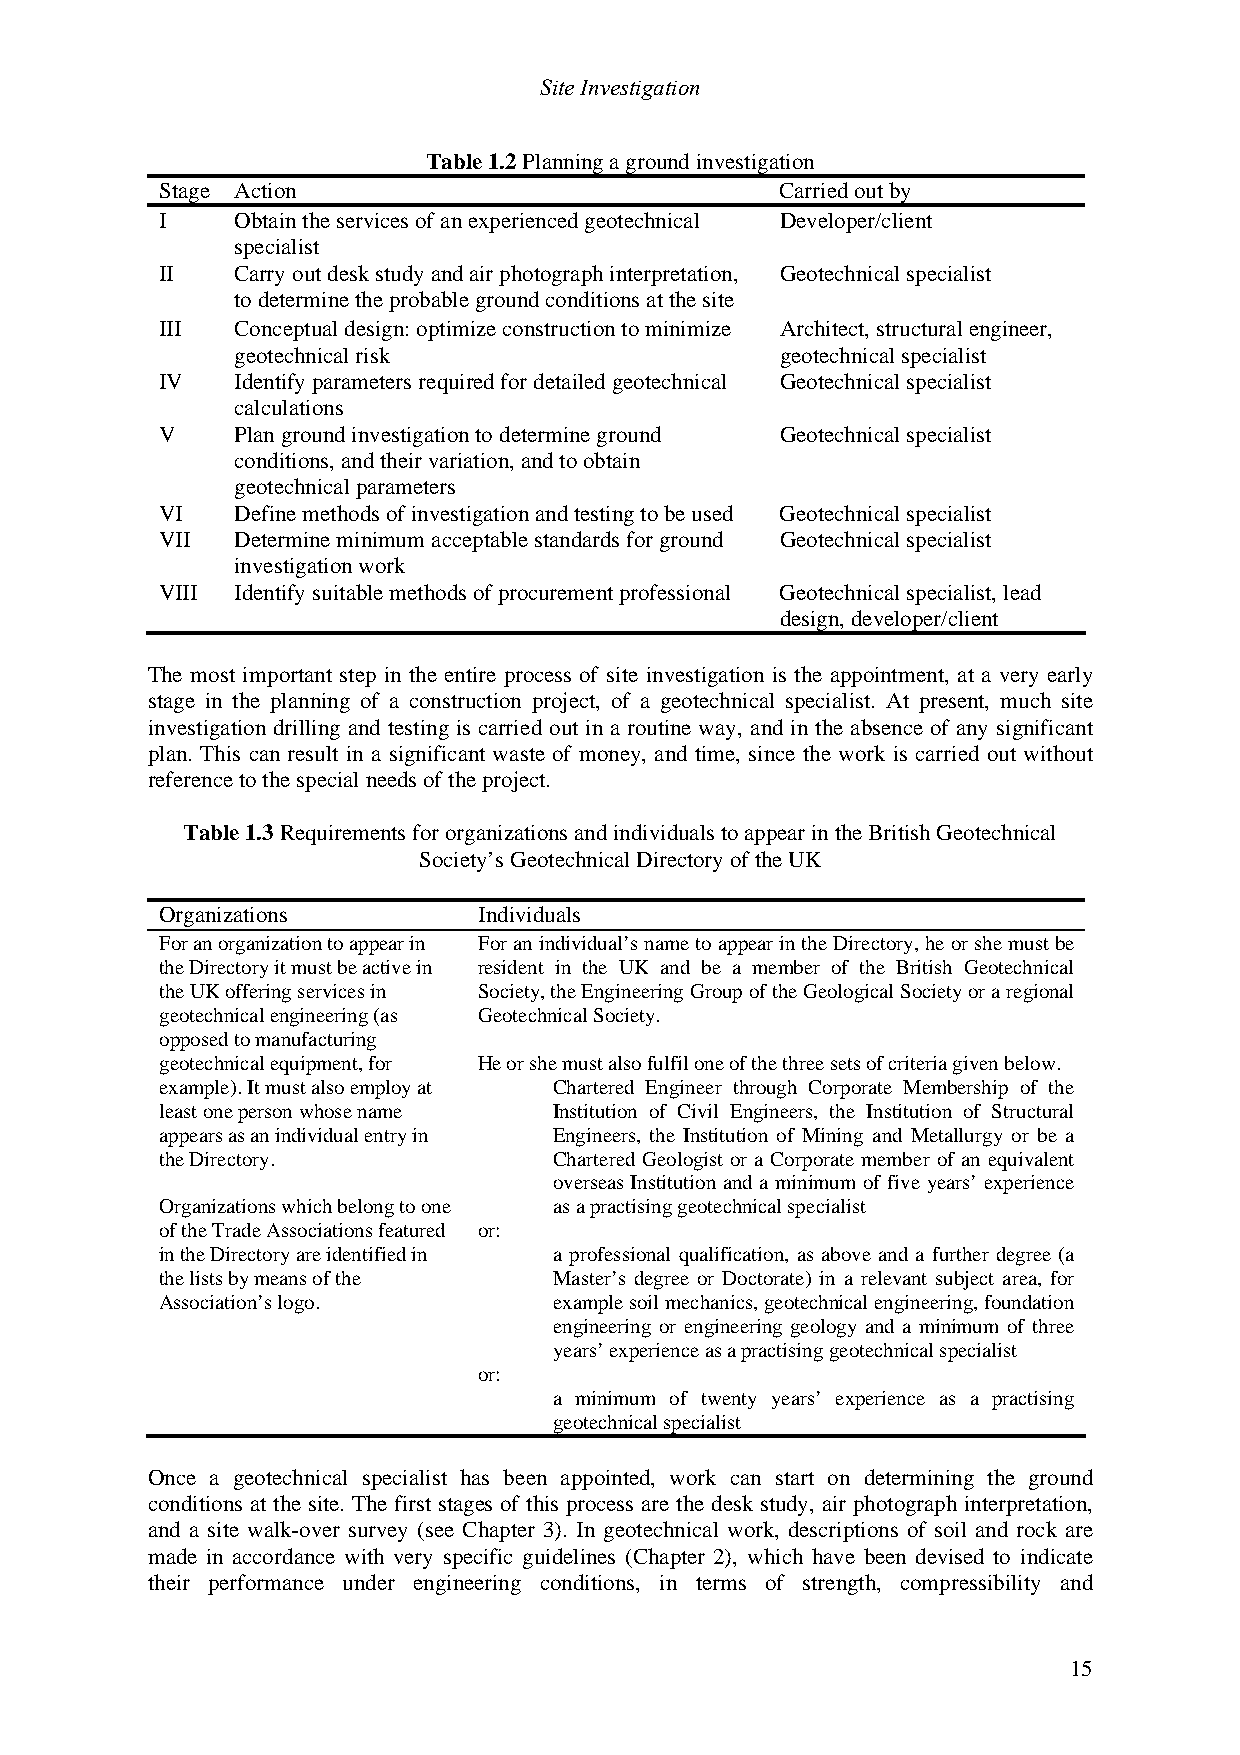
Site Investigation
 Table 1.2 Planning a ground investigation
 Stage Action                             Carried out by
 I   Obtain the services of an experienced geotechnical Developer/client
 specialist
 II  Carry out desk study and air photograph interpretation, Geotechnical specialist
 to determine the probable ground conditions at the site
 III Conceptual design: optimize construction to minimize Architect, structural engineer,
 geotechnical risk                    geotechnical specialist
 IV  Identify parameters required for detailed geotechnical Geotechnical specialist
 calculations
 V   Plan ground investigation to determine ground Geotechnical specialist
 conditions, and their variation, and to obtain
 geotechnical parameters
 VI  Define methods of investigation and testing to be used Geotechnical specialist
 VII Determine minimum acceptable standards for ground Geotechnical specialist
 investigation work
 VIII Identify suitable methods of procurement professional Geotechnical specialist, lead
 design, developer/client
 The most important step in the entire process of site investigation is the appointment, at a very early
 stage in the planning of a construction project, of a geotechnical specialist. At present, much site
 investigation drilling and testing is carried out in a routine way, and in the absence of any significant
 plan. This can result in a significant waste of money, and time, since the work is carried out without
 reference to the special needs of the project.
 Table 1.3 Requirements for organizations and individuals to appear in the British Geotechnical
 Society’s Geotechnical Directory of the UK
 Organizations        Individuals
 For an organization to appear in For an individual’s name to appear in the Directory, he or she must be
 the Directory it must be active in resident in the UK and be a member of the British Geotechnical
 the UK offering services in Society, the Engineering Group of the Geological Society or a regional
 geotechnical engineering (as Geotechnical Society.
 opposed to manufacturing
 geotechnical equipment, for He or she must also fulfil one of the three sets of criteria given below.
 example). It must also employ at Chartered Engineer through Corporate Membership of the
 least one person whose name Institution of Civil Engineers, the Institution of Structural
 appears as an individual entry in Engineers, the Institution of Mining and Metallurgy or be a
 the Directory.            Chartered Geologist or a Corporate member of an equivalent
 overseas Institution and a minimum of five years’ experience
 Organizations which belong to one as a practising geotechnical specialist
 of the Trade Associations featured or:
 in the Directory are identified in a professional qualification, as above and a further degree (a
 the lists by means of the Master’s degree or Doctorate) in a relevant subject area, for
 Association’s logo.       example soil mechanics, geotechnical engineering, foundation
 engineering or engineering geology and a minimum of three
 years’ experience as a practising geotechnical specialist
 or:
 a minimum of twenty years’ experience as a practising
 geotechnical specialist
 Once a geotechnical specialist has been appointed, work can start on determining the ground
 conditions at the site. The first stages of this process are the desk study, air photograph interpretation,
 and a site walk-over survey (see Chapter 3). In geotechnical work, descriptions of soil and rock are
 made in accordance with very specific guidelines (Chapter 2), which have been devised to indicate
 their performance under engineering conditions, in terms of strength, compressibility and
 15